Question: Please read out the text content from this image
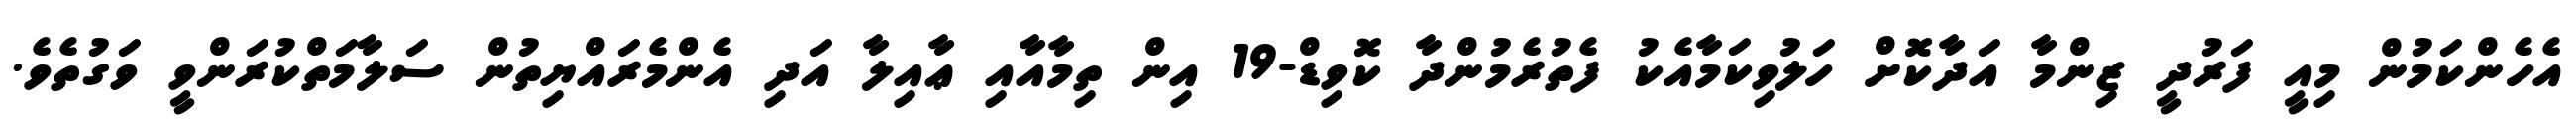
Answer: އެހެންކަމުން މިއީ ފަރުދީ ޒިންމާ އަދާކޮށް ހަލުވިކަމާއެކު ފެތުރެމުންދާ ކޮވިޑް-19 އިން ތިމާއާއި ޢާއިލާ އަދި އެންމެރައްޔިތުން ސަލާމަތްކުރަންވީ ވަގުތެވެ.